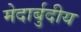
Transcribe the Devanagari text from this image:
मेदार्बुदीय